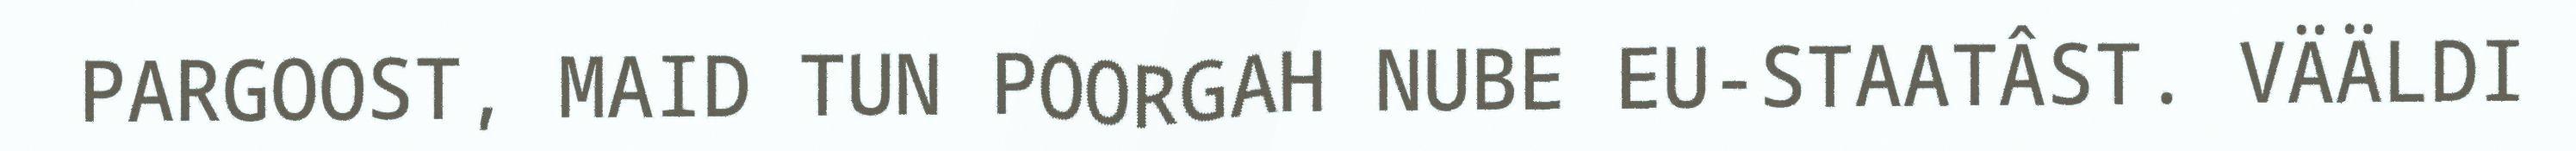
PARGOOST, MAID TUN POORGAH NUBE EU-STAATÂST. VÄÄLDI